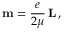
\mathbf { m } = { \frac { e } { 2 \mu } } \, \mathbf { L } \, ,